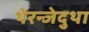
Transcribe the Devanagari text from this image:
थेरन्जेदुथा